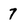
Character: 7